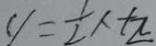
y = \frac { 1 } { 2 } \times t